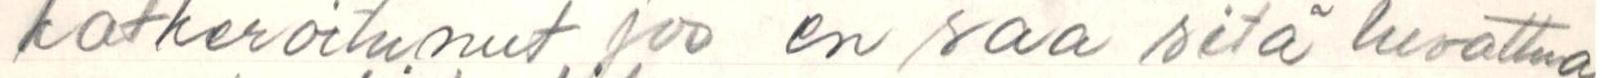
katkeroitunut joo en saa sitä luvattua